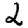
Digit: 2